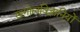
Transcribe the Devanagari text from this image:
खगोलविज्ञानियों